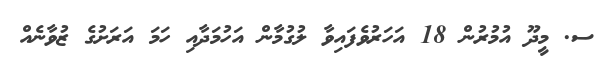
ސ. މީދޫ އުމުރުން 18 އަހަރުވެފައިވާ ލުގުމާން އަހުމަދާއި ހަމަ އަރަށުގެ ޒުވާނެއް